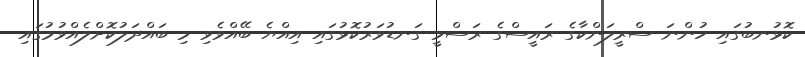
ކޮޅުނބުގައި ހުންނަ ސްރީލަންކާގެ ރައީސްގެ ރަސްމީ ގަނޑުވަރުކޮޅުގައި އިއްޔެ ބޭއްވެވި މި ބައްދަލުކޮށްލެއްވުމުގައި